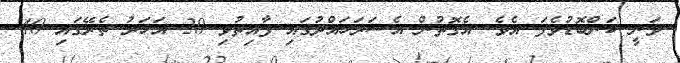
ވަނީ ކަންބޮޑުވެފަ އެވެ. އެގޮތުން އެސަރަހައްދުގައި ފާއިތުވި 20 އަހަރު ތެރޭގައި 40